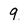
Character: 9